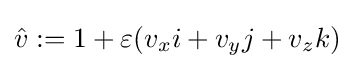
{\hat {v}}:=1+\varepsilon (v_{x}i+v_{y}j+v_{z}k)